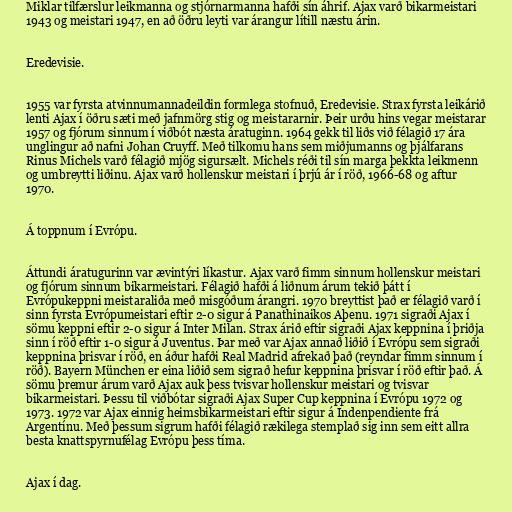
Miklar tilfærslur leikmanna og stjórnarmanna hafði sín áhrif. Ajax varð bikarmeistari
1943 og meistari 1947, en að öðru leyti var árangur lítill næstu árin.

Eredevisie.

1955 var fyrsta atvinnumannadeildin formlega stofnuð, Eredevisie. Strax fyrsta leikárið
lenti Ajax í öðru sæti með jafnmörg stig og meistararnir. Þeir urðu hins vegar meistarar
1957 og fjórum sinnum í viðbót næsta áratuginn. 1964 gekk til liðs við félagið 17 ára
unglingur að nafni Johan Cruyff. Með tilkomu hans sem miðjumanns og þjálfarans
Rinus Michels varð félagið mjög sigursælt. Michels réði til sín marga þekkta leikmenn
og umbreytti liðinu. Ajax varð hollenskur meistari í þrjú ár í röð, 1966-68 og aftur
1970.

Á toppnum í Evrópu.

Áttundi áratugurinn var ævintýri líkastur. Ajax varð fimm sinnum hollenskur meistari
og fjórum sinnum bikarmeistari. Félagið hafði á liðnum árum tekið þátt í
Evrópukeppni meistaraliða með misgóðum árangri. 1970 breyttist það er félagið varð í
sinn fyrsta Evrópumeistari eftir 2-0 sigur á Panathinaikos Aþenu. 1971 sigraði Ajax í
sömu keppni eftir 2-0 sigur á Inter Milan. Strax árið eftir sigraði Ajax keppnina í þriðja
sinn í röð eftir 1-0 sigur á Juventus. Þar með var Ajax annað liðið í Evrópu sem sigraði
keppnina þrisvar í röð, en áður hafði Real Madrid afrekað það (reyndar fimm sinnum í
röð). Bayern München er eina liðið sem sigrað hefur keppnina þrisvar í röð eftir það. Á
sömu þremur árum varð Ajax auk þess tvisvar hollenskur meistari og tvisvar
bikarmeistari. Þessu til viðbótar sigraði Ajax Super Cup keppnina í Evrópu 1972 og
1973. 1972 var Ajax einnig heimsbikarmeistari eftir sigur á Indenpendiente frá
Argentínu. Með þessum sigrum hafði félagið rækilega stemplað sig inn sem eitt allra
besta knattspyrnufélag Evrópu þess tíma.

Ajax í dag.